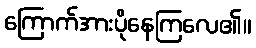
ကြောက်အားပိုနေကြလေ၏။